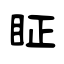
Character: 眐